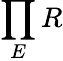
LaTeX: \prod_{E}R